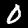
Label: 0